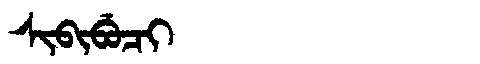
Manchu: ᠰᡳᠪᡳᠪᡠᠴᡳ
Romanization: SIBIBUCI